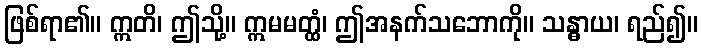
ဖြစ်ရာ၏။ ဣတိ၊ ဤသို့။ ဣမမတ္ထံ၊ ဤအနက်သဘောကို။ သန္ဓာယ၊ ရည်၍။